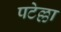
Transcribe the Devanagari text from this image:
पटेल्ला